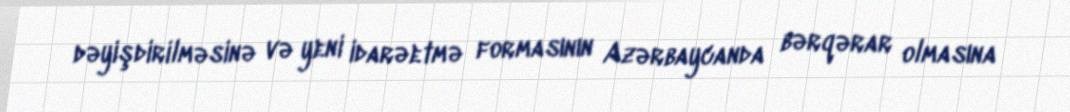
dəyişdirilməsinə və yeni idarəetmə formasının Azərbaycanda bərqərar olmasına